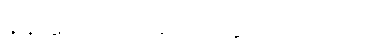
နန်းတော်သို့ ရောက်သွားကြ သည်။